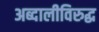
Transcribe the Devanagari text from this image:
अब्दालीविरुद्ध